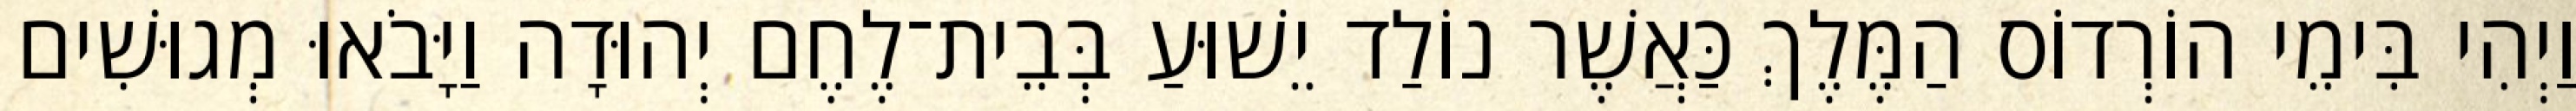
וַיְהִי בִּימֵי הוֹרְדוֹס הַמֶּלֶךְ כַּאֲשֶׁר נוֹלַד יֵשׁוּעַ בְּבֵית־לֶחֶם יְהוּדָה וַיָּבֹאוּ מְגוּשִׁים